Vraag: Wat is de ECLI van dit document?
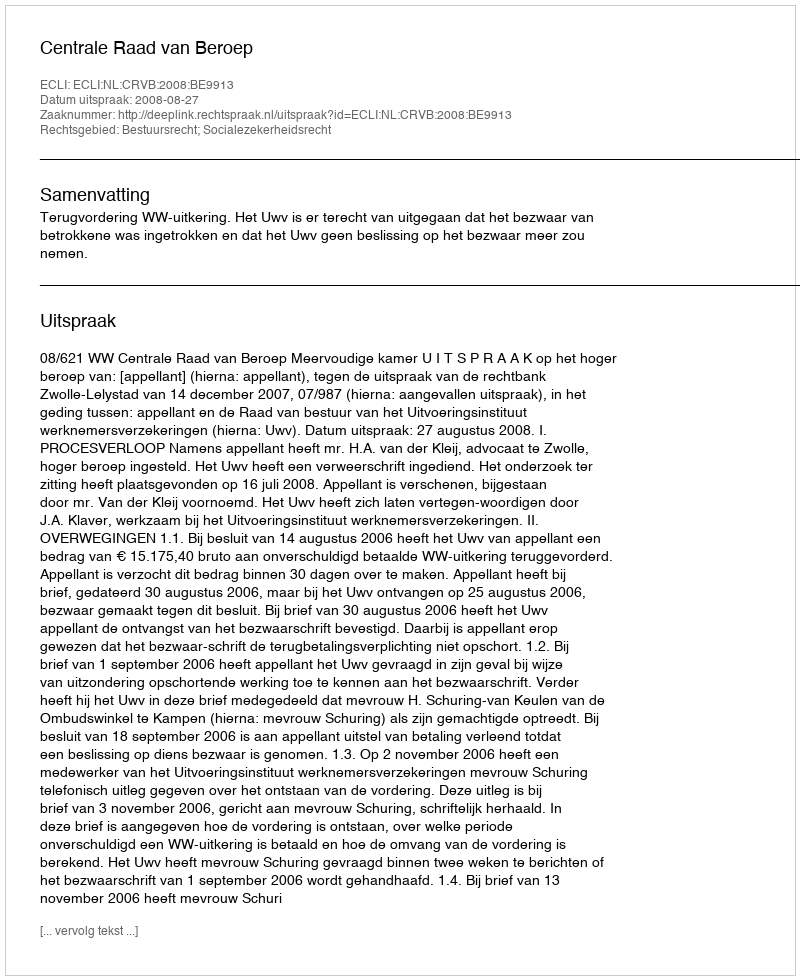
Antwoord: ECLI:NL:CRVB:2008:BE9913